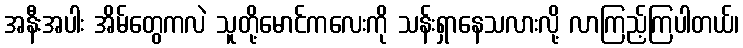
အနီးအပါး အိမ်တွေကလဲ သူတို့မောင်ကလေးကို သန်းရှာနေသလားလို့ လာကြည့်ကြပါတယ်၊